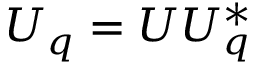
U _ { q } = U U _ { q } ^ { * }